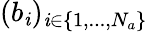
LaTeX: (b_{\mathit{i}})_{\mathit{i}\in\{ 1,...,N_{a}\} }